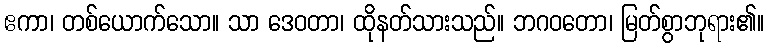
ဧကာ၊ တစ်ယောက်သော။ သာ ဒေဝတာ၊ ထိုနတ်သားသည်။ ဘဂဝတော၊ မြတ်စွာဘုရား၏။